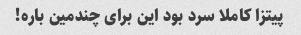
پیتزا کاملا سرد بود این برای چندمین باره!